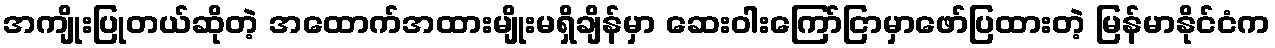
အကျိုးပြုတယ်ဆိုတဲ့ အထောက်အထားမျိုးမရှိချိန်မှာ ဆေးဝါးကြော်ငြာမှာဖော်ပြထားတဲ့ မြန်မာနိုင်ငံက